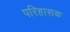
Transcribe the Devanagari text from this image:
परिहासक